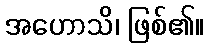
အဟောသိ၊ ဖြစ်၏။